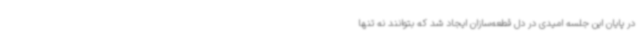
در پایان این جلسه امیدی در دل قطعه‌سازان ایجاد شد که بتوانند نه تنها